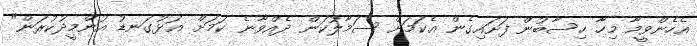
އެހެންވީމާ މިހާ ހިސާބުން ފަށައިގެން އެކަމަށް ސަމާލުކަން ދެއްވާނެ ކަމަށް އަޅުގަނޑު އުންމީދުކުރަން"